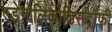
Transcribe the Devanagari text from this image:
एड्रेनोलिकोडिसट्रॉफी